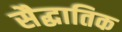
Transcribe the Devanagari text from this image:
सैद्धातिक